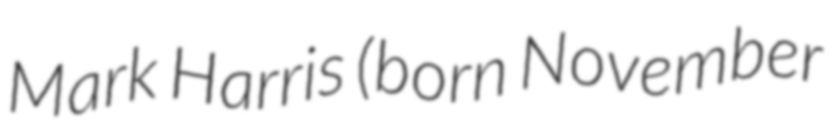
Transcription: Mark Harris (born November